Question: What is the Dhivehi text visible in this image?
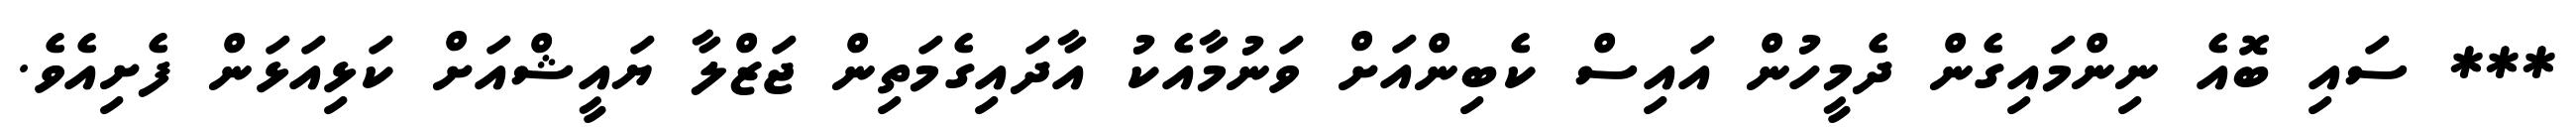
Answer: *** ސައި ބޮއެ ނިންމައިގެން ދެމީހުން އައިސް ކެބިންއަށް ވަނުމާއެކު އާދައިގެމަތިން ޖަޒްލާ ޔައީޝްއަށް ކަޅިއަޅަން ފެށިއެވެ.